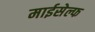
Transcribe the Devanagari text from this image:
माईसेल्फ